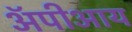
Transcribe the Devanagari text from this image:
ॲपीआय